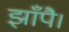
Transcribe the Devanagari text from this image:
झाँपै।